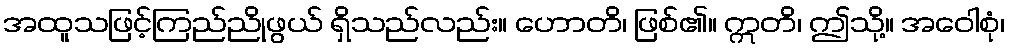
အထူသဖြင့်ကြည်ညိုဖွယ် ရှိသည်လည်း။ ဟောတိ၊ ဖြစ်၏။ ဣတိ၊ ဤသို့။ အဝေါစုံ၊